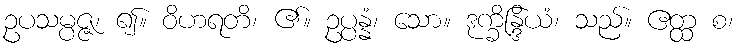
ဥပသမ္ပဇ္ဇ၊ ၍။ ဝိဟရတိ၊ ၏။ ဥပ္ပန္နံ၊ သော။ ဒုက္ခိန္ဒြိယံ၊ သည်။ ဧတ္ထ စ၊